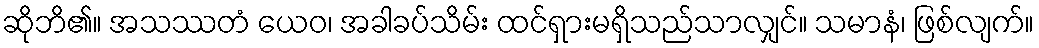
ဆိုဘိ၏။ အသဿတံ ယေဝ၊ အခါခပ်သိမ်း ထင်ရှားမရှိသည်သာလျှင်။ သမာနံ၊ ဖြစ်လျက်။